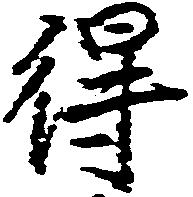
得